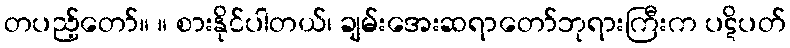
တပည့်တော်။ ။ စားနိုင်ပါတယ်၊ ချမ်းအေးဆရာတော်ဘုရားကြီးက ပဋိပတ်